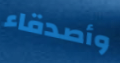
وأصدقاء